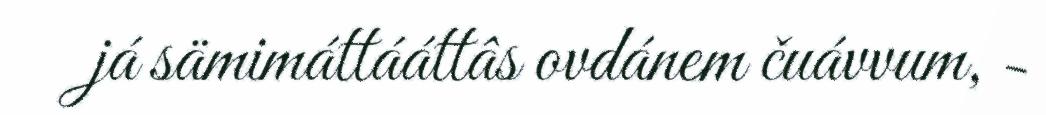
já sämimáttááttâs ovdánem čuávvum, -